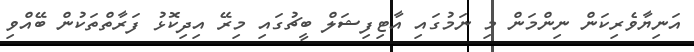
އަނިޔާވެރިކަން ނިންމަން މި ނަމުގައި އާޓިފިޝަލް ބީޗުގައި މިރޭ އިދިކޮޅު ފަރާތްތަކުން ބޭއްވި